Trukikaitis_Postimees, lk 13
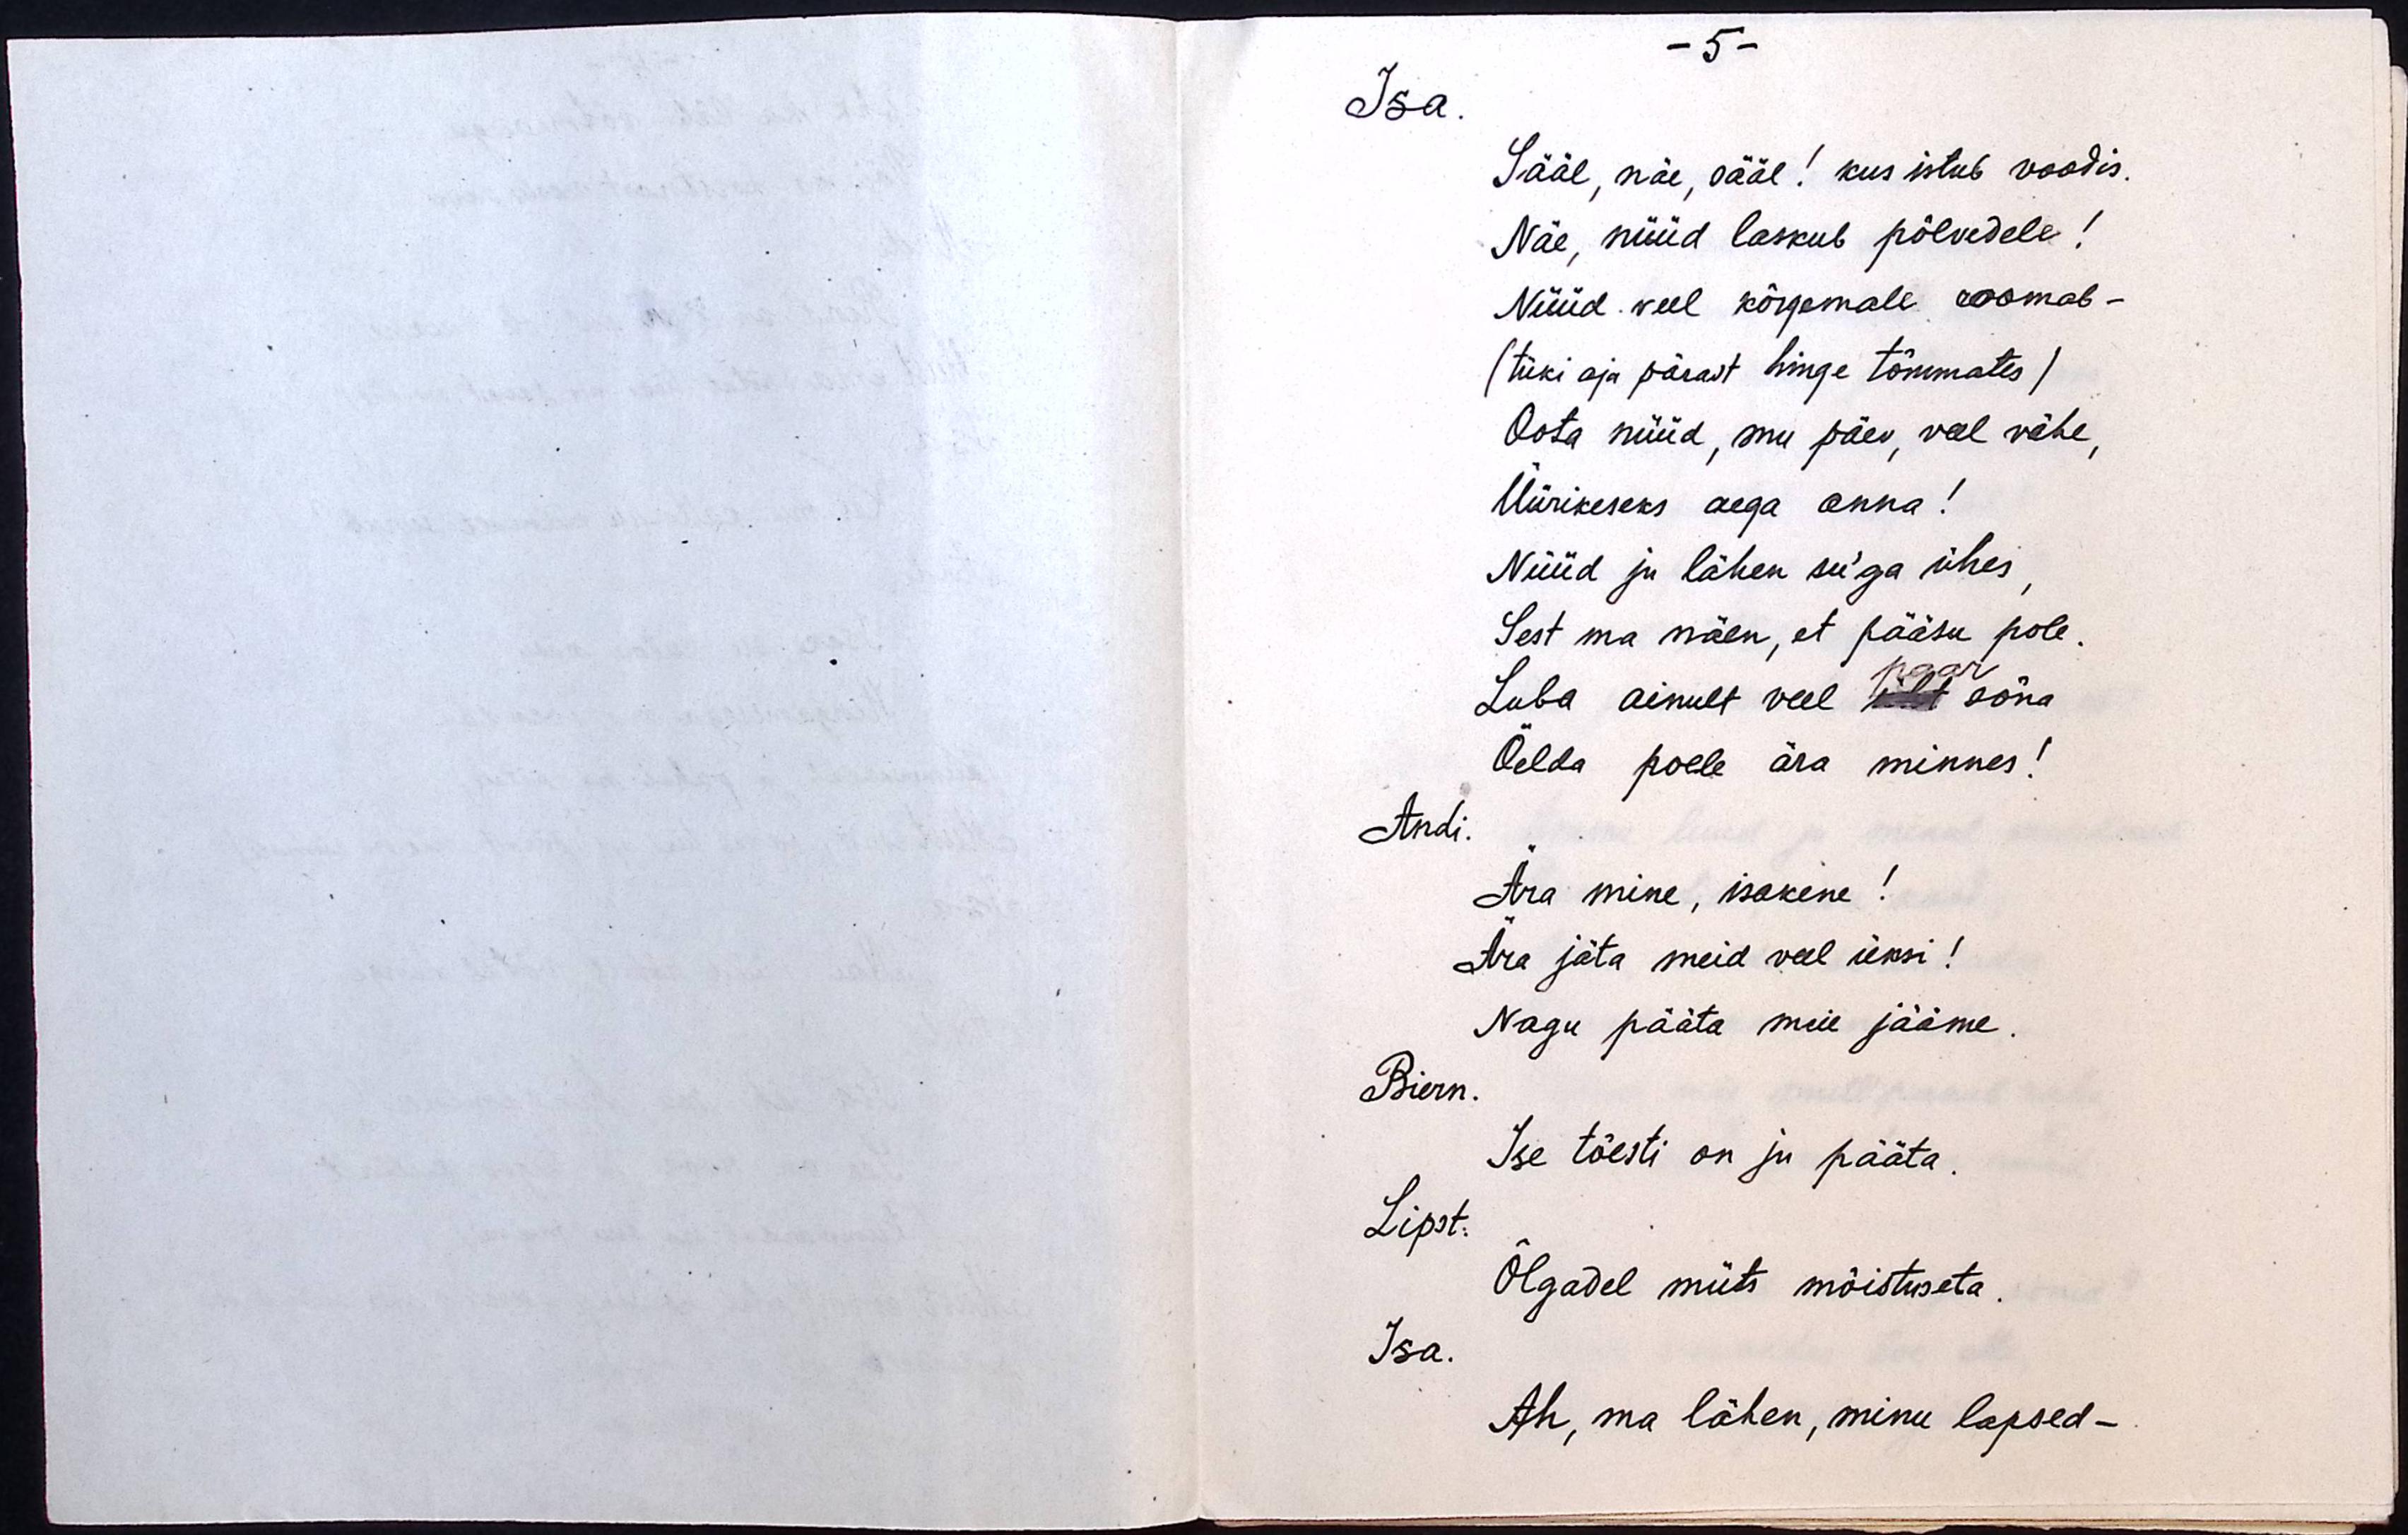
- 5 -
Isa.
Sääl, näe, sääl! kus istub voodis.
Näe, nüüd laskub põlvedele!
Nüüd veel kõrgemale roomab -
(tüki aja pärast hinge tõmmates)
Oota nüüd, mu päev, veel vähe,
Üürikeseks aega anna!
Nüüd ju lähen su'ga ühes,
Sest ma näen, et pääsu pole.
Luba ainult veel üht sõna
paar
Öelda poele ära minnes!
Andi.
Ära mine, isakene!
Ära jäta meid veel üksi!
Nagu pääta meie jääme.
Biern.
Ise tõesti on ju pääta.
Lipst.
Õlgadel müts mõistuseta.
Isa.
Ah, ma lähen, minu lapsed -